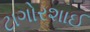
ટાગોરશાઈ